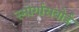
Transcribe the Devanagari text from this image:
स्मोर्गासबोर्ड